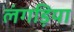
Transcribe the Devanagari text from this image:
लंगड़िया